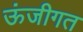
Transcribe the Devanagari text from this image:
ऊंजीगत